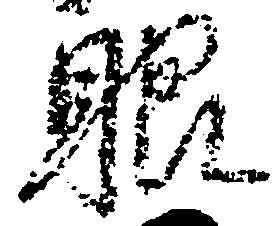
眼